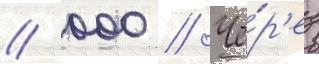
/ 000 // Че́р'ез